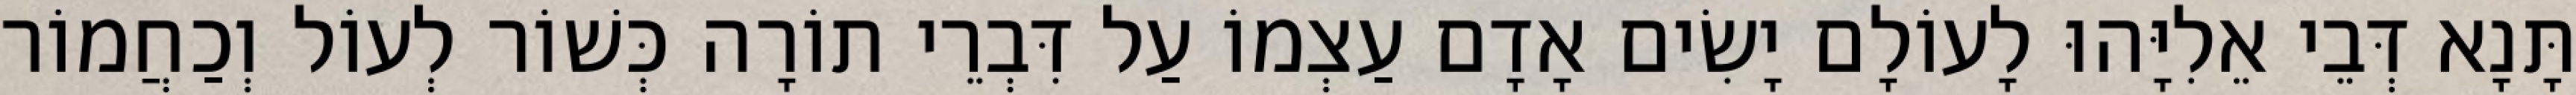
תָּנָא דְּבֵי אֵלִיָּהוּ לָעוֹלָם יָשִׂים אָדָם עַצְמוֹ עַל דִּבְרֵי תוֹרָה כְּשׁוֹר לְעוֹל וְכַחֲמוֹר